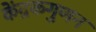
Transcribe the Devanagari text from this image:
केंद्रकगुणन